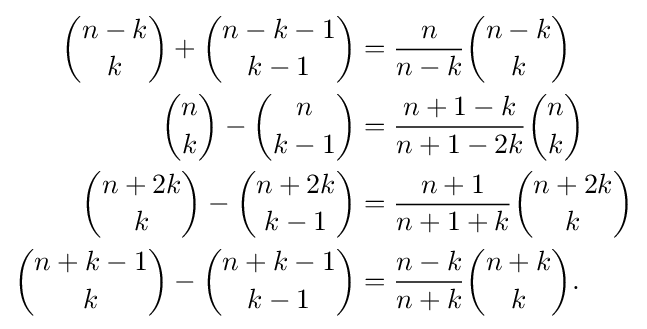
{\begin{aligned}{\binom {n-k}{k}}+{\binom {n-k-1}{k-1}}&={\frac {n}{n-k}}{\binom {n-k}{k}}\\{\binom {n}{k}}-{\binom {n}{k-1}}&={\frac {n+1-k}{n+1-2k}}{\binom {n}{k}}\\{\binom {n+2k}{k}}-{\binom {n+2k}{k-1}}&={\frac {n+1}{n+1+k}}{\binom {n+2k}{k}}\\{\binom {n+k-1}{k}}-{\binom {n+k-1}{k-1}}&={\frac {n-k}{n+k}}{\binom {n+k}{k}}.\end{aligned}}